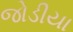
જોડીયા